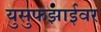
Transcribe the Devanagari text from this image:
युसुफझाईवर